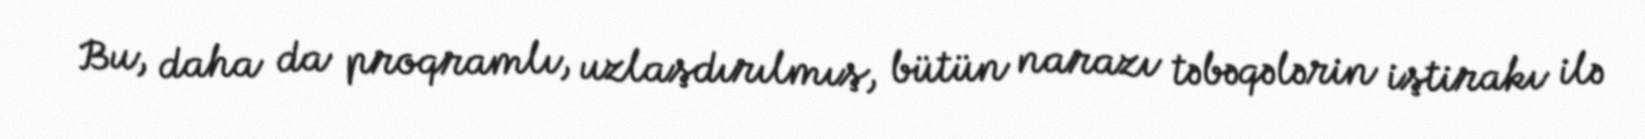
Bu, daha da proqramlı, uzlaşdırılmış, bütün narazı təbəqələrin iştirakı ilə